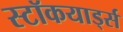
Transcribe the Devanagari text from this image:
स्टॉकयार्ड्स